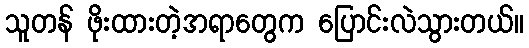
သူတန် ဖိုးထားတဲ့အရာတွေက ပြောင်းလဲသွားတယ်။